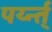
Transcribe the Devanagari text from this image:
पर्य्न्त्